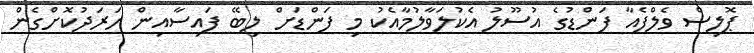
ޕޮލިސް ވެލްފެއާ ފަންޑުގެ އުސޫލު އެކުލަވާލުމާއެކު މި ފަންޑަށް ލިބޭ ފައިސާއިން ހަރަދުކޮށްގެން